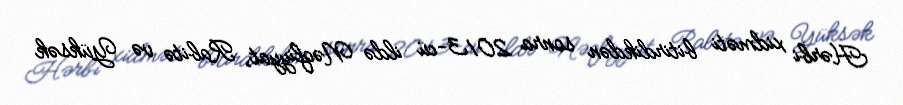
Hərbi xidməti bitirdikdən sonra 2013-cü ildə Nəqliyyat, Rabitə və Yüksək